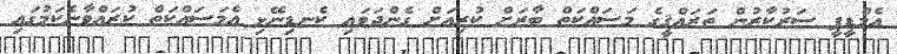
އެމްޑީޕީ ސަރުކާރުން ތަރައްޤީގެ މަސައްކަތް ބާރަށް ކުރިއަށް ގެންދަވައި ކެނޑިނޭޅި އެމަސައްކަތް ކުރައްވާނެކަމުގައި